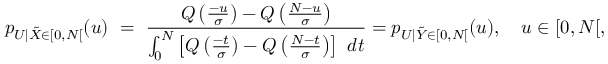
p _ { U | \tilde { X } \in [ 0 , N [ } ( u ) ~ = ~ \frac { Q \left( \frac { - u } { \sigma } \right) - Q \left( \frac { N - u } { \sigma } \right) } { \int _ { 0 } ^ { N } \left[ Q \left( \frac { - t } { \sigma } \right) - Q \left( \frac { N - t } { \sigma } \right) \right] ~ d t } = p _ { U | \tilde { Y } \in [ 0 , N [ } ( u ) , ~ ~ ~ u \in [ 0 , N [ ,